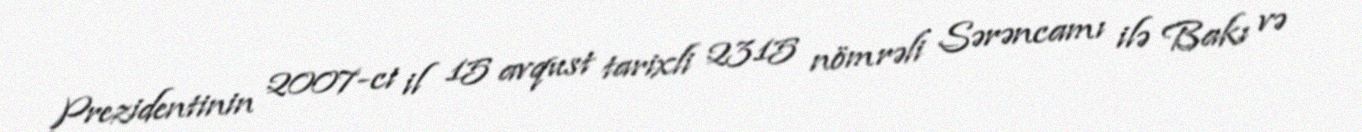
Prezidentinin 2007-ci il 15 avqust tarixli 2315 nömrəli Sərəncamı ilə Bakı və